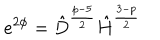
e ^ { 2 \phi } = \hat { D } ^ { \frac { p - 5 } { 2 } } \hat { H } ^ { \frac { 3 - p } { 2 } }